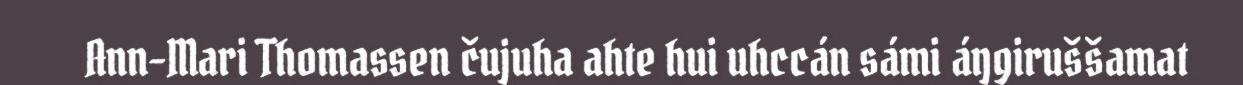
Ann-Mari Thomassen čujuha ahte hui uhccán sámi áŋgiruššamat